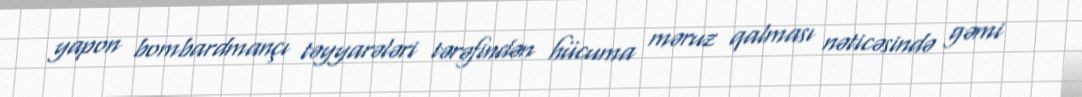
yapon bombardmançı təyyarələri tərəfindən hücuma məruz qalması nəticəsində gəmi